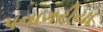
પનાગરીયા